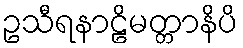
ဥသီရနာဠိမတ္တာနိပိ